Senior Leaving Certificate Examination (including Day School Certificate (Higher) General paper), 1946
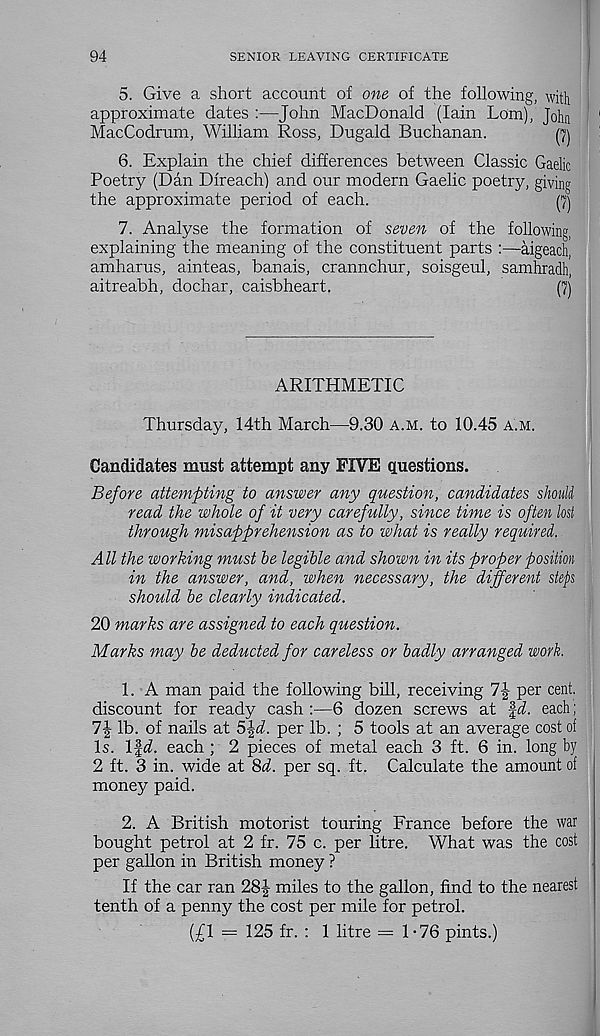
94
SENIOR LEAVING CERTIFICATE
5. Give a short account of one of the following, with
approximate dates :—John MacDonald (Iain Lom), John
MacCodrum, William Ross, Dugald Buchanan.
^
6. Explain the chief differences between Classic Gaelic
Poetry (Dan Direach) and our modern Gaelic poetry, giving
the approximate period of each.
(7)
7. Analyse the formation of seven of the following,
explaining the meaning of the constituent parts :—aigeach,
amharus, ainteas, banais, crannchur, soisgeul, samhradli,
aitreabh, dochar, caisbheart.
(7)
ARITHMETIC
Thursday, 14th March—9.30 a.m. to 10.45 a.m.
Candidates must attempt any FIVE questions.
Before attempting to answer any question, candidates should
read the whole of it very carefully, since time is often lost
through misapprehension as to what is really required.
All the working must be legible and shown in its proper position
in the answer, and, when necessary, the different step
should be clearly indicated.
20 marks are assigned to each question.
Marks may be deducted for careless or badly arranged work.
1. A man paid the following bill, receiving 7J per cent,
discount for ready cash :—6 dozen screws at fi. each;
7| lb. of nails at 5%d. per lb. ; 5 tools at an average cost of
Is. Ifd each ; 2 pieces of metal each 3 ft. 6 in. long by
2 ft. 3 in. wide at 8d. per sq. ft. Calculate the amount of
money paid.
2. A British motorist touring France before the war
bought petrol at 2 fr. 75 c. per litre. What was the cost
per gallon in British money ?
If the car ran 28J miles to the gallon, find to the nearest
tenth of a penny the cost per mile for petrol.
(£1 = 125 fr. : 1 litre =1-76 pints.)